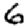
Digit: 6